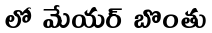
లో మేయర్ బొంతు